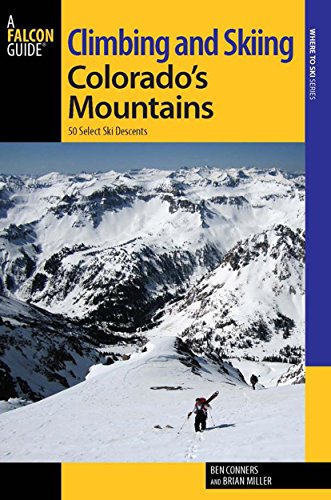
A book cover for Climbing and Skiing Colorado's Mountains: 50 Select Ski Descents (Backcountry Skiing Series); Ben Conners; Sports & Outdoors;